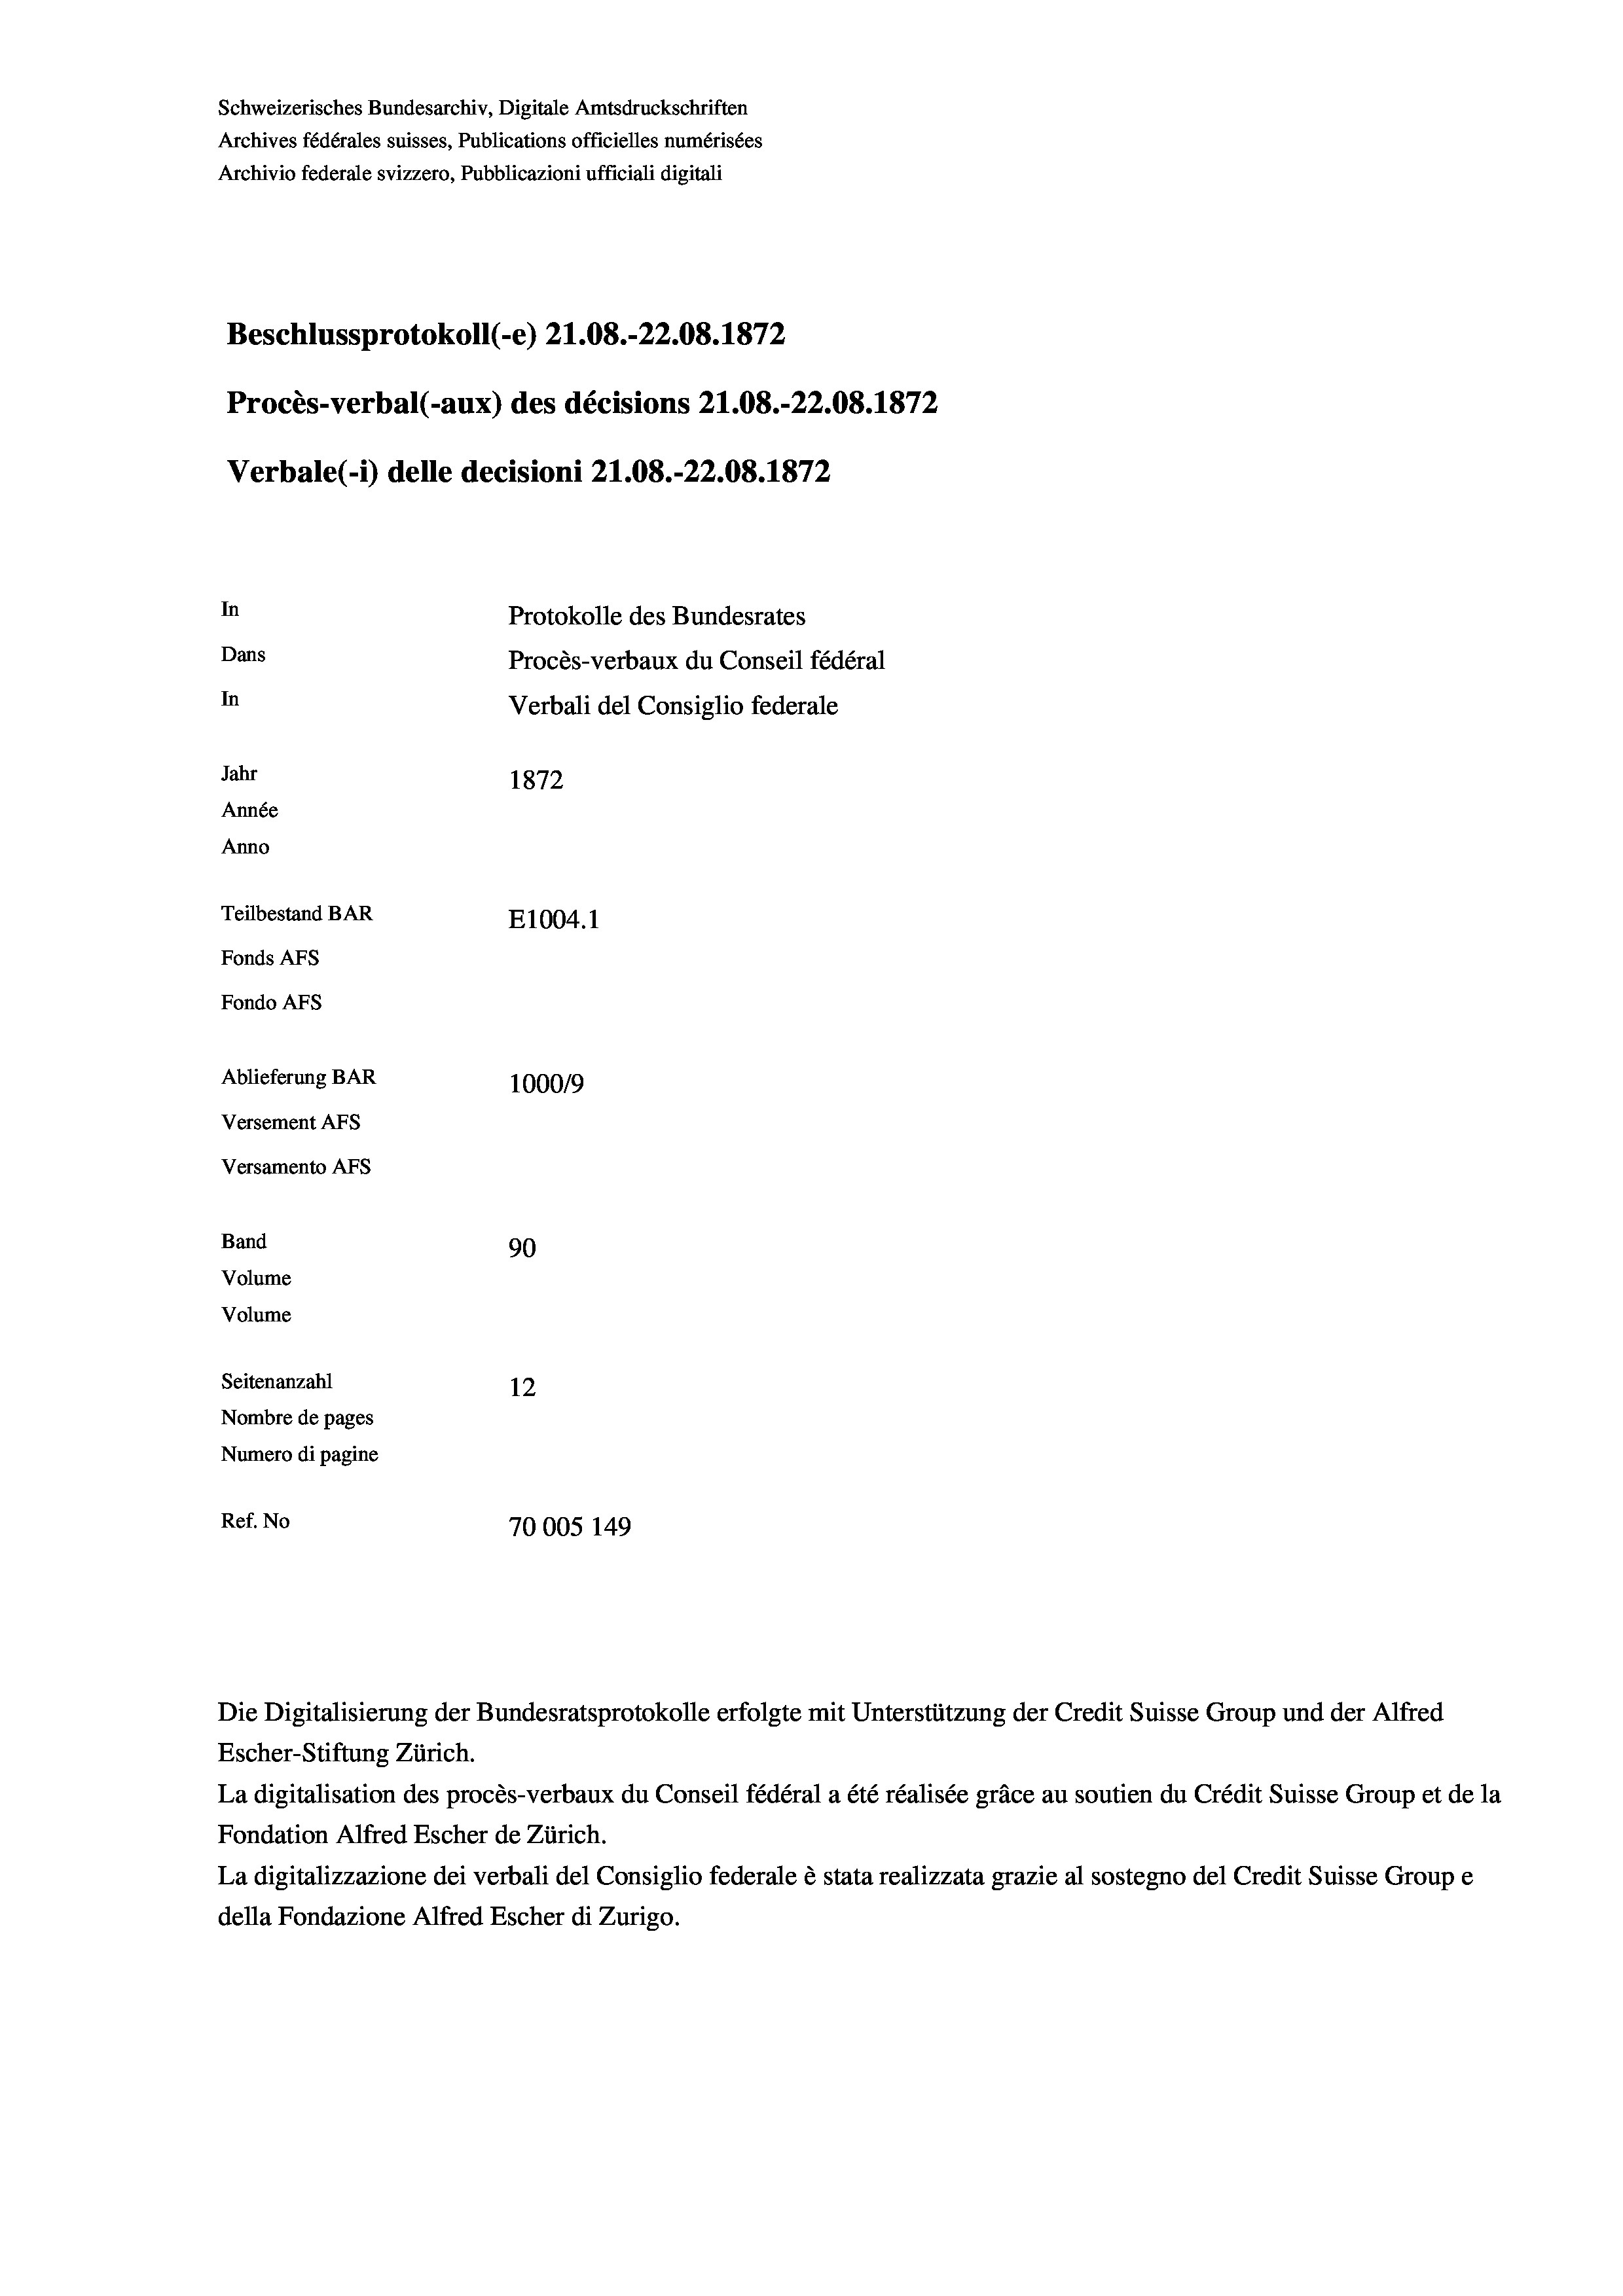
Schweizerisches Bundesarchiv, Digitale Amtsdruckschriften
Archives fédérales suisses, Publications officielles numérisées
Archivio federale svizzero, Pubblicazioni ufficiali digitali
Beschlussprotokoll (-e) 21.08.-22.08. 1872
Procès-verbal (-aux) des décisions 21.08.-22.08. 1872
Verbale (- 1) delle decisioni 21.08.-22.08. 1872
In
Protokolle des Bundesrates
Dans
Procès-verbaux du Conseil fédéral
In
Verbali del Consiglio federale
Jahr
1872
Année
Anno
Teilbestand BAR
E1004. 1
Fonds AFs
Fondo Afs
Ablieferung BAR
100019
Versement AFs
Versamento AFs
Band
90
Volume
Volume
Seitenanzahl
12
Nombre de pages
Numero di pagine
Ref. No
70005 149

Escher-Stiftung Zürich.
La digitalisation des procès-verbaux du Conseil fédéral a été réalisée gräce au soutien du Crédit Suisse Group et de la
Fondation Alfred Escher de Zürich.
La digitalizzazione dei verbali del Consiglio federale è stata realizzata grazie al sostegno del Credit Suisse Groupe
della Fondazione Alfred Escher di Zurigo.

Die Digitalisierung der Bundesratsprotokolle erfolgte mit Unterstützung der Credit Suisse Group und der Alfred